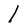
Character: l